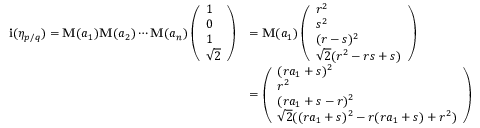
\begin{array} { r l } { \mathbf i ( \eta _ { p / q } ) = \mathbf { M } ( a _ { 1 } ) \mathbf { M } ( a _ { 2 } ) \cdots \mathbf { M } ( a _ { n } ) \left( \begin{array} { l } { 1 } \\ { 0 } \\ { 1 } \\ { \sqrt { 2 } } \end{array} \right) } & { = \mathbf { M } ( a _ { 1 } ) \left( \begin{array} { l } { r ^ { 2 } } \\ { s ^ { 2 } } \\ { ( r - s ) ^ { 2 } } \\ { \sqrt { 2 } ( r ^ { 2 } - r s + s ) } \end{array} \right) } \\ & { = \left( \begin{array} { l } { ( r a _ { 1 } + s ) ^ { 2 } } \\ { r ^ { 2 } } \\ { ( r a _ { 1 } + s - r ) ^ { 2 } } \\ { \sqrt { 2 } ( ( r a _ { 1 } + s ) ^ { 2 } - r ( r a _ { 1 } + s ) + r ^ { 2 } ) } \end{array} \right) } \end{array}